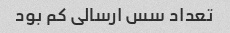
تعداد سس ارسالی کم‌ بود